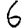
Digit: 6